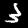
Digit: 3